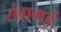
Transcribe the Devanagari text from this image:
रांगमई